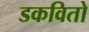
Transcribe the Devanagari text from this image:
डकवितो